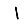
Digit: 1